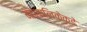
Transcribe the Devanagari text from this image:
महापालिकेकडे